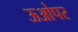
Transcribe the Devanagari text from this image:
ऊओपर